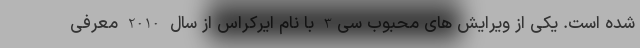
شده است. یکی از ویرایش های محبوب سی3 با نام ایرکراس از سال 2010 معرفی